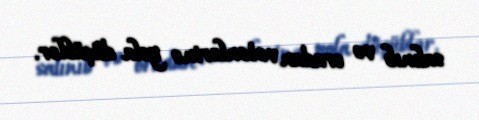
salınıb və oradan vətənlərinə yola düşüblər.